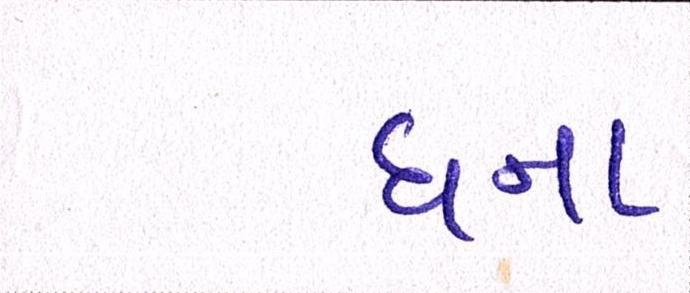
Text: ઘના